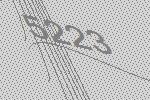
5223